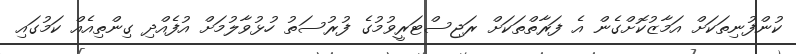
ކުންފުނިތަކަށް އަމާޒުކޮށްގެން އެ ފަރާތްތަކަށް ރަޖިސްޓަރީވުމުގެ ފުރުސަތު ހުޅުވާލުމަށް އުފެއްދި ގިންތިއެއް ކަމުގައި